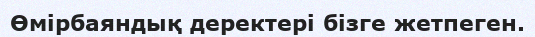
Өмірбаяндық деректері бізге жетпеген.